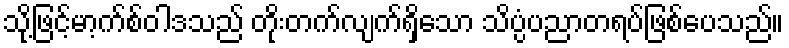
သို့ဖြင့်မာ့က်စ်ဝါဒသည် တိုးတက်လျက်ရှိသော သိပ္ပံပညာတရပ်ဖြစ်ပေသည်။